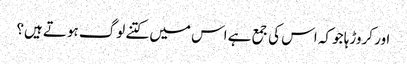
اور کروڑہا جو کہ اس کی جمع ہے اس میں کتنے لوگ ہوتے ہیں؟